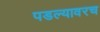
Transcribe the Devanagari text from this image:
पडल्यावरच